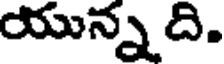
యున్న ది.